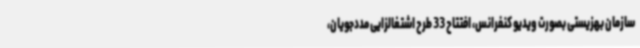
سازمان بهزیستی بصورت ویدیو کنفرانس، افتتاح 33 طرح اشتغالزایی مددجویان،